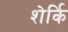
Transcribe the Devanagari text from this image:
शेर्कि